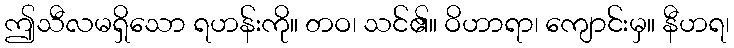
ဤသီလမရှိသော ရဟန်းကို။ တဝ၊ သင်၏။ ဝိဟာရာ၊ ကျောင်းမှ။ နီဟရ၊